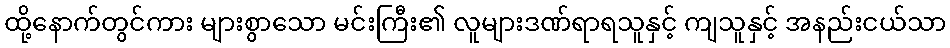
ထို့နောက်တွင်ကား များစွာသော မင်းကြီး၏ လူများဒဏ်ရာရသူနှင့် ကျသူနှင့် အနည်းငယ်သာ